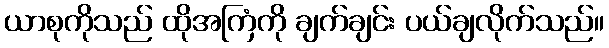
ယာစုကိုသည် ထိုအကြံကို ချက်ချင်း ပယ်ချလိုက်သည်။